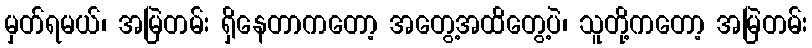
မှတ်ရမယ်၊ အမြဲတမ်း ရှိနေတာကတော့ အတွေ့အထိတွေ့ပဲ၊ သူတို့ကတော့ အမြဲတမ်း